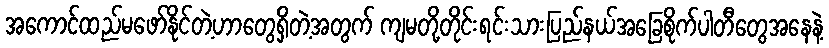
အကောင်ထည်မဖော်နိုင်တဲ့ဟာတွေရှိတဲ့အတွက် ကျမတို့တိုင်းရင်းသားပြည်နယ်အခြေစိုက်ပါတီတွေအနေနဲ့